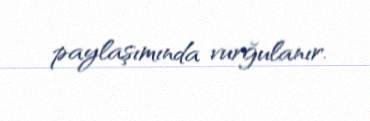
paylaşımında vurğulanır.